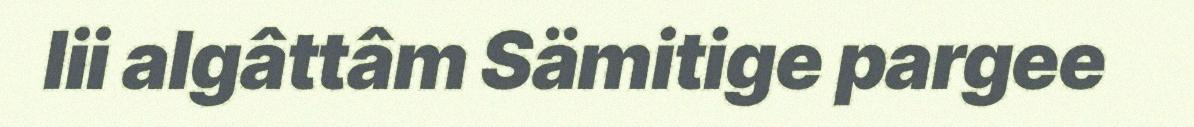
lii algâttâm Sämitige pargee